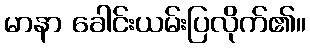
မာနာ ခေါင်းယမ်းပြလိုက်၏။